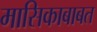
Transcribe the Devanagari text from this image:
मासिकाबाबत